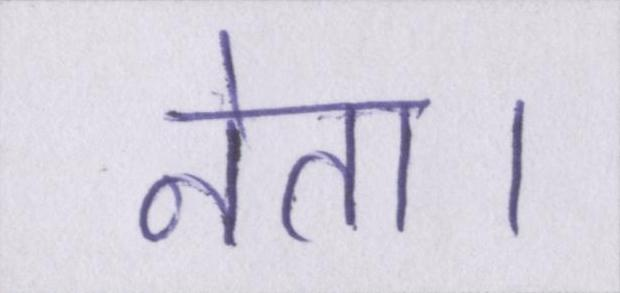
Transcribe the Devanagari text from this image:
नेता।